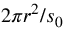
2 \pi r ^ { 2 } / s _ { 0 }